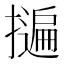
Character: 𭢬